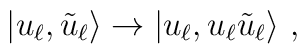
|u_\ell,\tilde u_\ell\rangle \to |u_\ell, u_\ell \tilde u_\ell\rangle~,